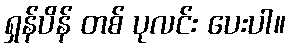
ရှန်ပိန် တစ် ပုလင်း ပေးပါ။